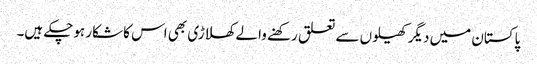
پاکستان میں دیگر کھیلوں سے تعلق رکھنے والے کھلاڑی بھی اس کا شکار ہوچکے ہیں۔